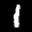
Label: 1